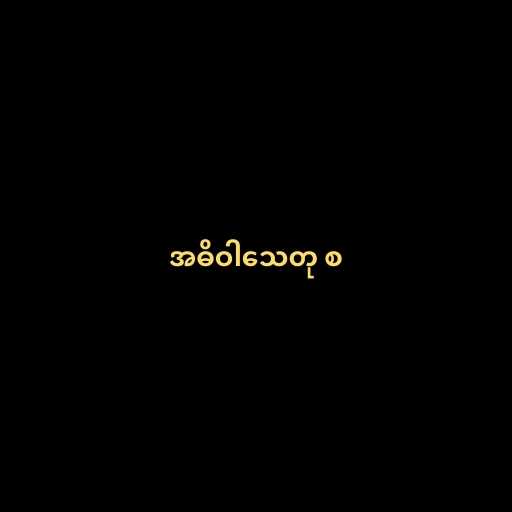
အဓိဝါသေတု စ